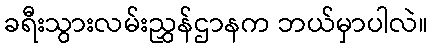
ခရီးသွားလမ်းညွှန်ဌာနက ဘယ်မှာပါလဲ။